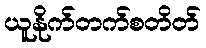
ယူနိုက်တက်စတိတ်